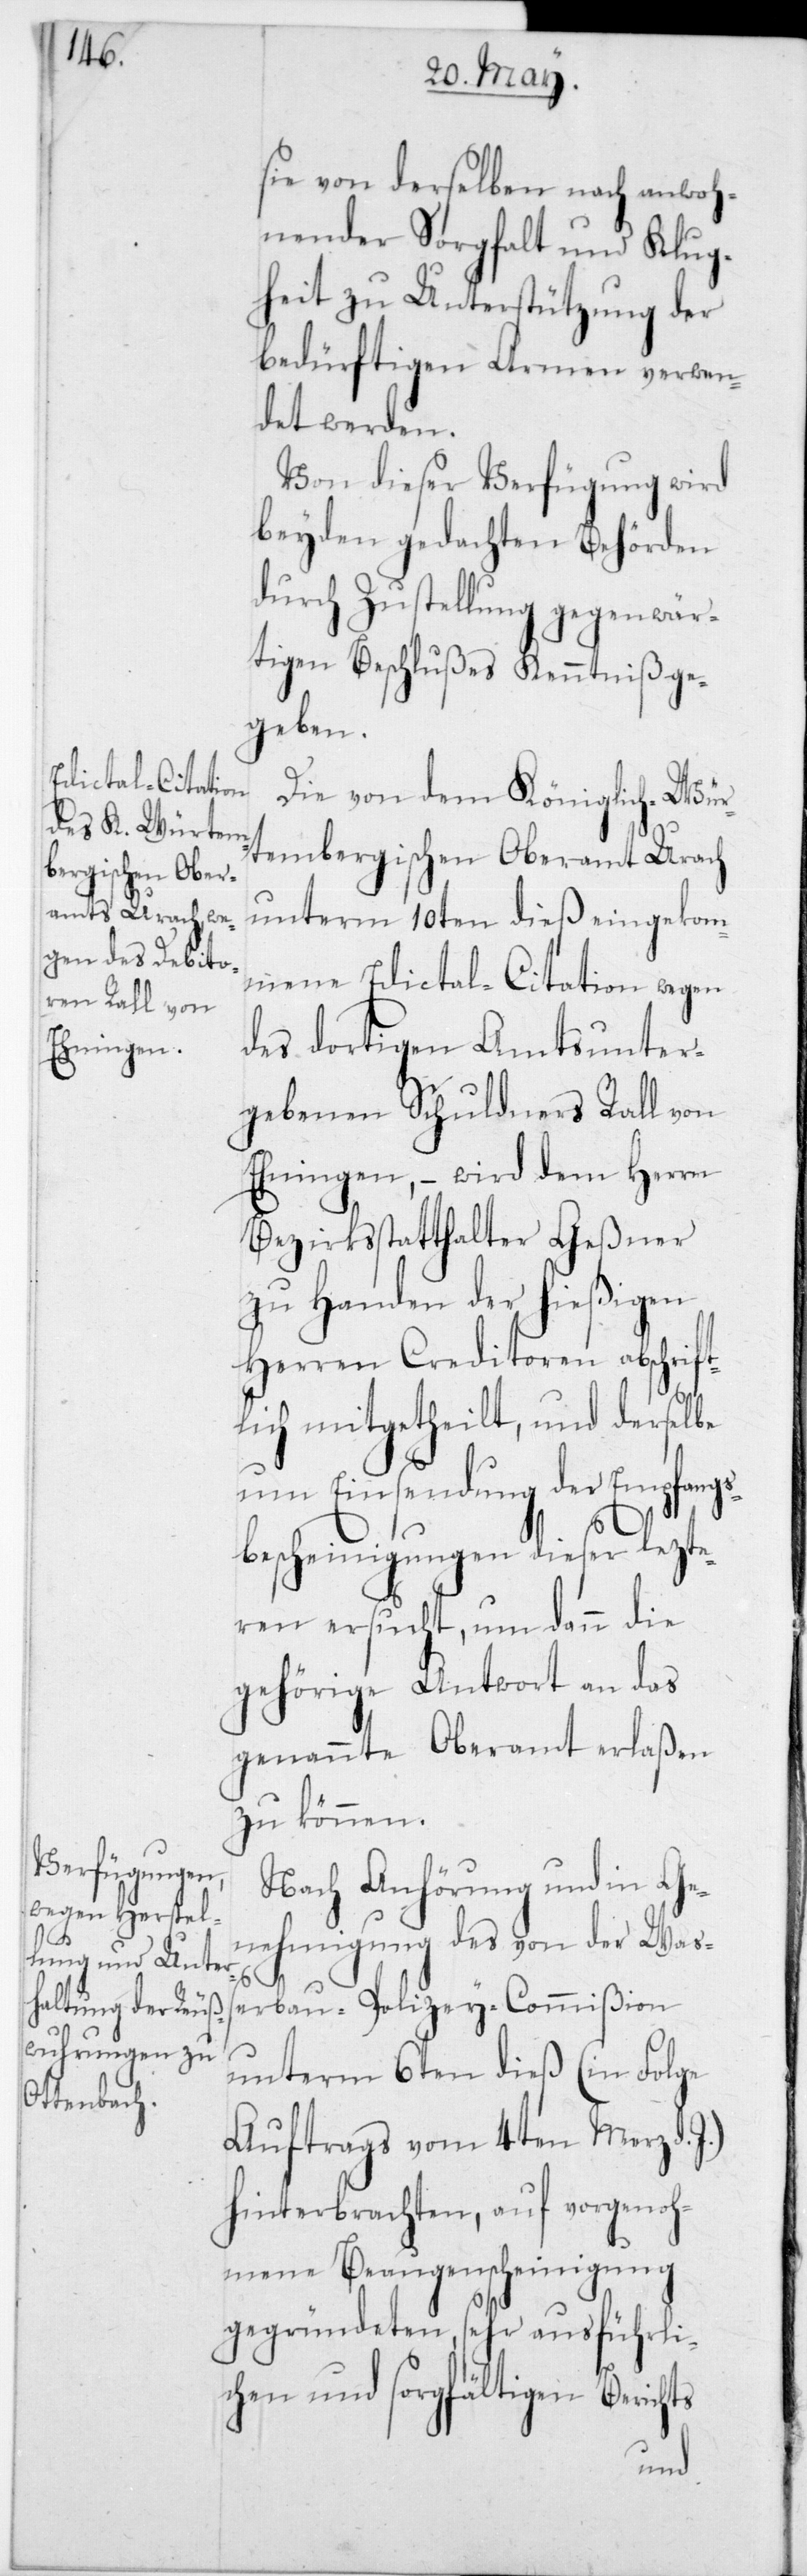
sie von derselben nach anwoh¬
nender Sorgfalt und Klug¬
heit zu Unterstützung der
bedürftigen Armen verwen¬
det werden.
Von dieser Verfügung wird
beyden gedachten Behörden
durch Zustellung gegenwär¬
tigen Beschlußes Kenntniß ge¬
geben.
Die von dem Königlich-Wür¬
tembergischen Oberamt Urach
unterm 10ten dieß eingekom¬
mene Edictal-Citation wegen
des dortigen Amtsunter¬
gebenen Schuldners Rall von
Ehningen, – wird dem Herrn
Bezirksstatthalter Geßner
zu Handen der hießigen
Herren Creditoren abschrift¬
lich mitgetheilt, und derselbe
um Einsendung der Empfangs¬
bescheinigungen dieser lezte¬
ren ersucht, um dann die
gehörige Antwort an das
genannte Oberamt erlaßen
zu können.
Nach Anhörung und in Ge¬
nehmigung des von der Waß¬
erbau-Polizey-Commißion
unterm 6ten dieß (in Folge
Auftrags vom 4ten Merz d.
hinterbrachten, auf vorgenoh¬
mene Beaugenscheinigung
gegründeten, sehr ausführli¬
chen und sorgfältigen Berichts